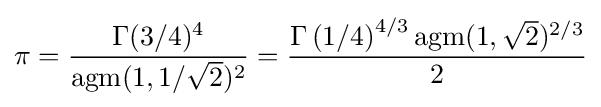
\pi ={\frac {\Gamma (3/4)^{4}}{\operatorname {agm} (1,1/{\sqrt {2}})^{2}}}={\frac {\Gamma \left({1/4}\right)^{4/3}\operatorname {agm} (1,{\sqrt {2}})^{2/3}}{2}}